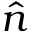
\hat { n }